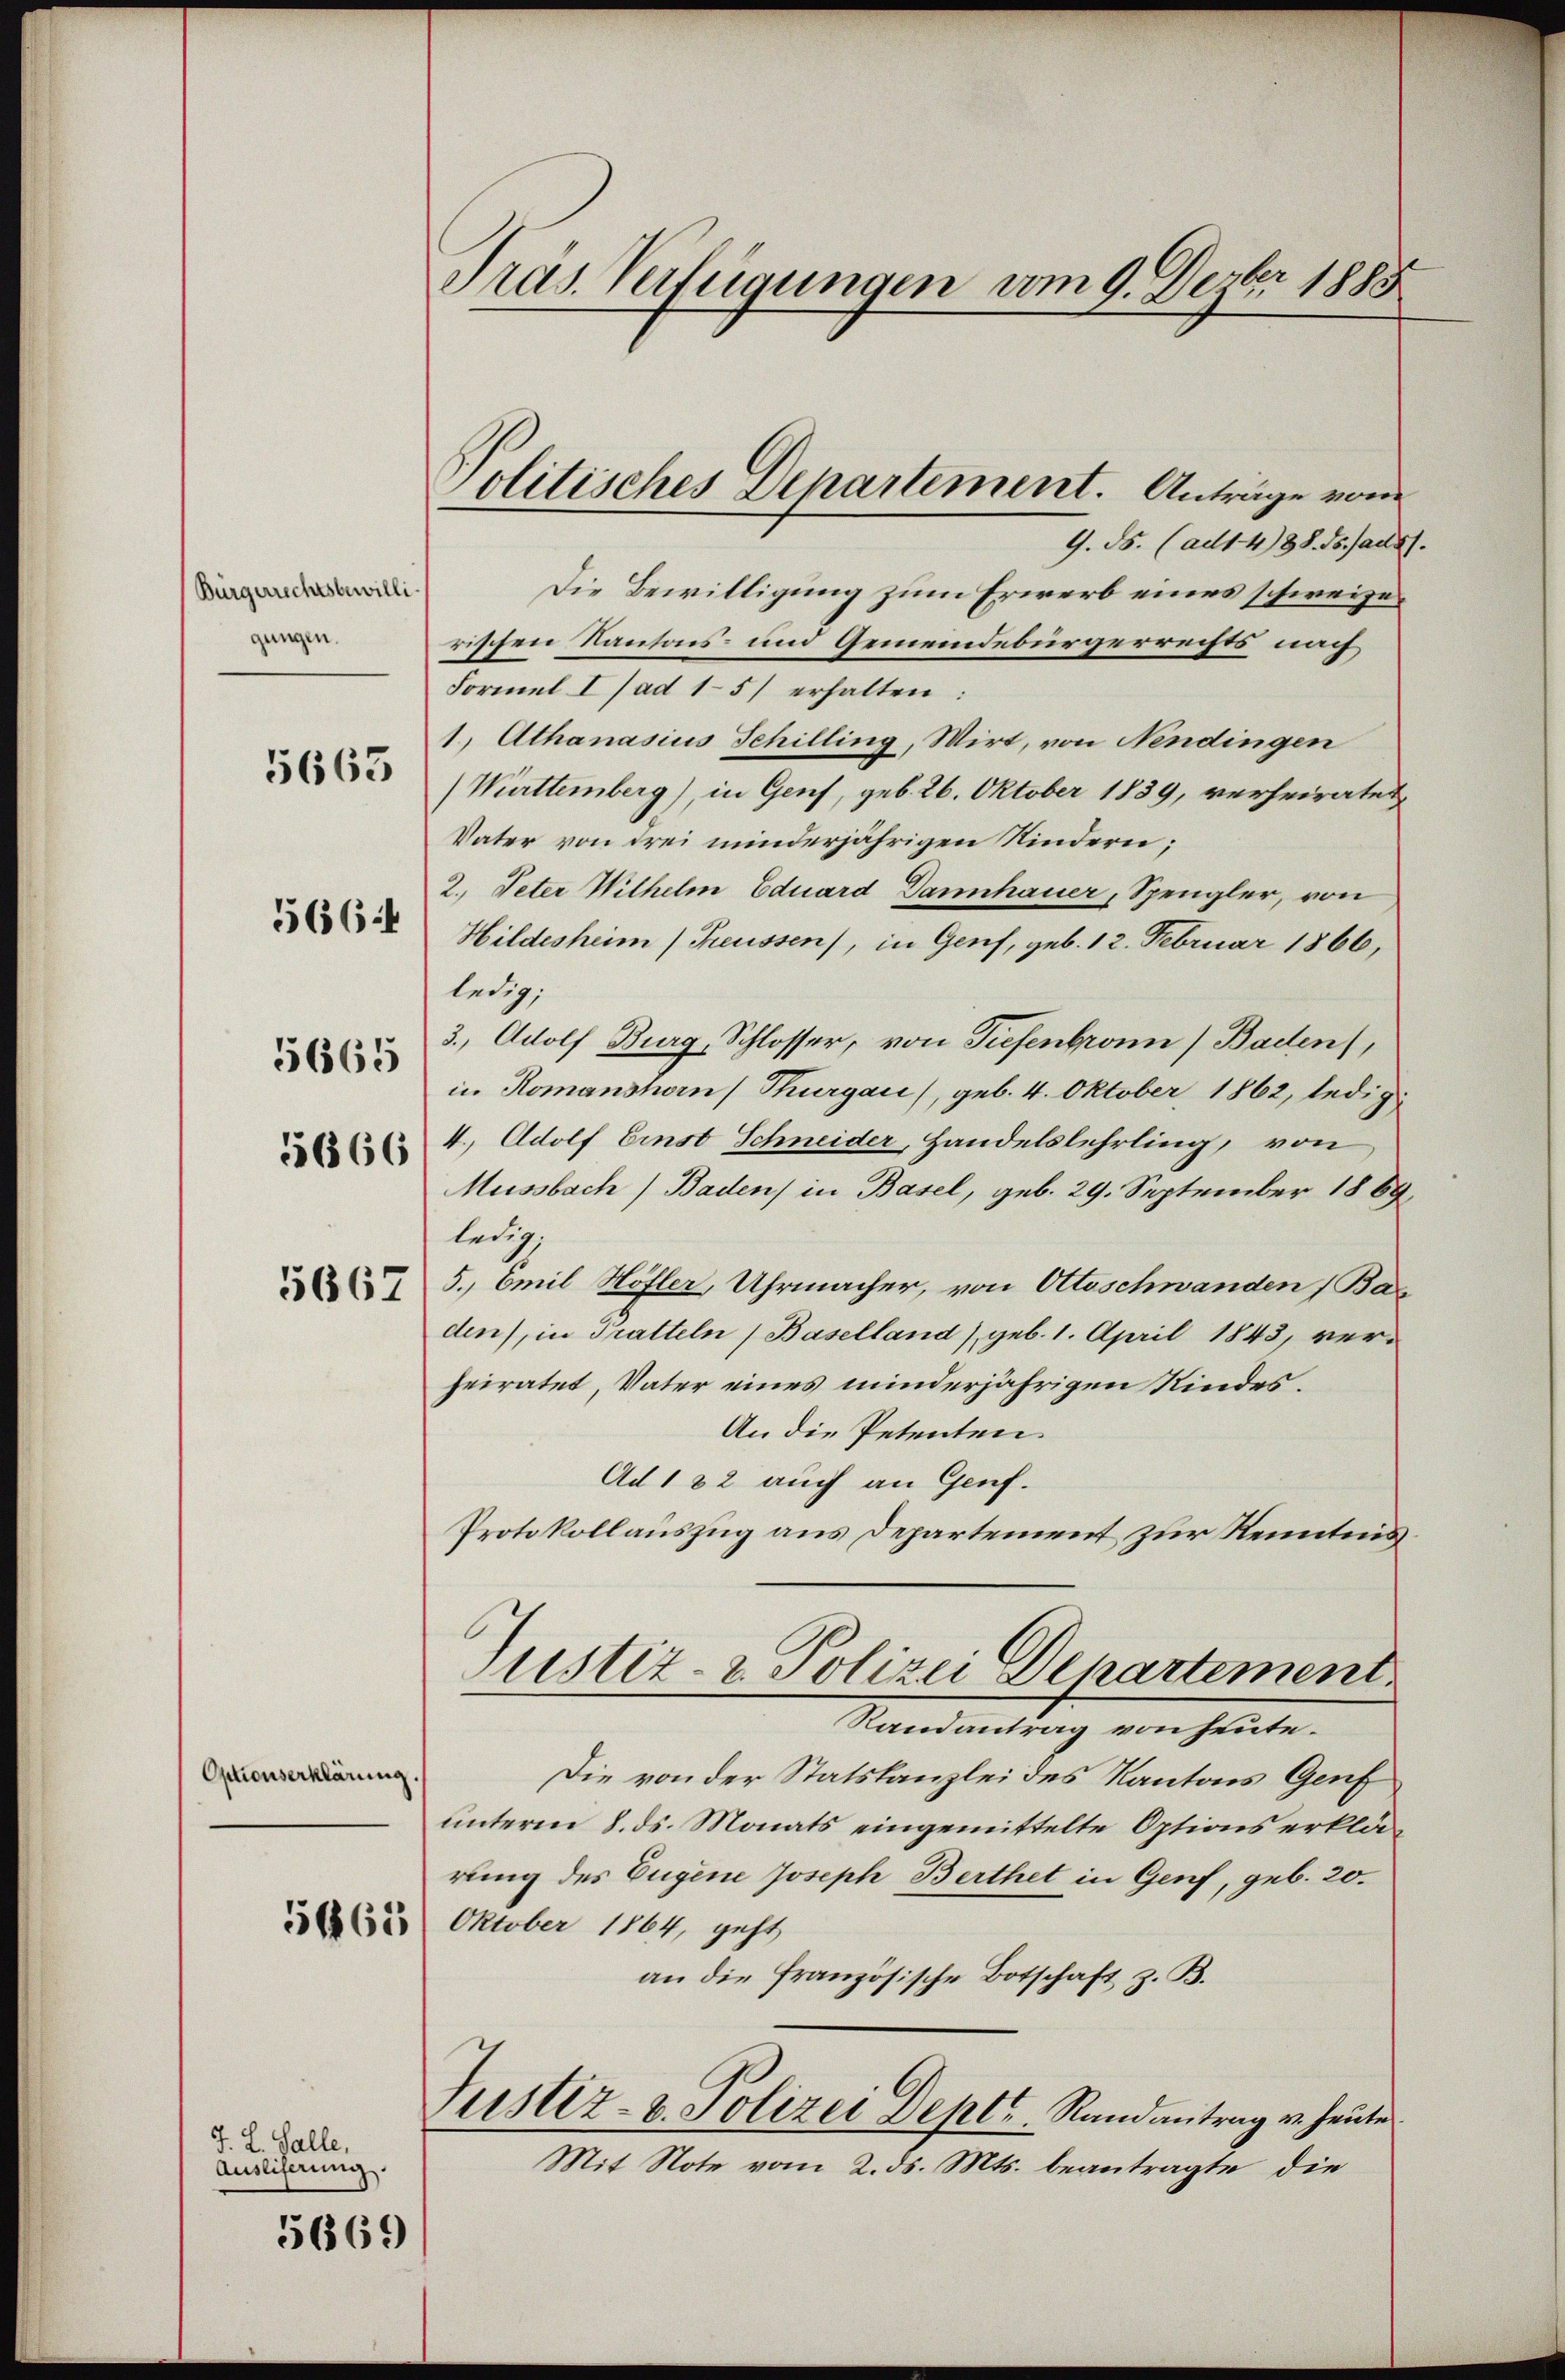
(Bürgerrechtsbewilli
gungen.
566:
5665

5663

5666

5667

Optionserklärung.

5665

J. L. Galle,
Ausliferung.

5669

Präs. Verfügungen vom 9. Derber 1883

Politisches Departement. Anträge vom

9. ds. (ad14/88. ds. aus
Die Bewilligung zum Erwerb eines schweizerischen Kantons- und Gemeindebürgerrechts nach
Formel I (ad 15) erhalten:
1) Athanasius Schilling, Wirt, von Nendingen
Württemberg), in Genf, geb. 26. Oktober 1839, verheiratet,
Vater von drei minderjährigen Kindern;
2. Peter Wilhelm Eduard Dannhauer, Spengler, von
Hildesheim Treussen), in Genf, geb. 12. Februar 1866,
ledig,
3. Adolf Burg, Schlosser, von Tiefenbronn (Baden,
in Romanshorn Thurgau), geb. 4. Oktober 1862, ledig
4. Adolf Einst Schneider, Handelslehrling, von
Mussbach) Baden) in Basel, geb. 29. September 1889
ledig.
5. Emil Höfler, Uhrmacher, von Ottoschwanden (Bas
den), in Tratteln (Baselland), geb. 1. April 1843, verheiratet, Vater eines minderjährigen Kindes¬
An die Petenten.
Ad 182 auch an Genf.
Protokollauszug aus Departement zur Kenntnis
Justiz- & Polizei Departement.
Randantrag von heute.
Die von der Statskanzlei des Kantons Genf
unterm 8. ds. Monats eingemittelte Options erklärung des Eugene Joseph Berthet in Genf, geb. 20.
Oktober 1864, geht
an die französische Botschaft z. B.
Justiz- & Polizei Deptr. Randantrag u. heute
Mit Note vom 2. ds. Mts. beantragte die